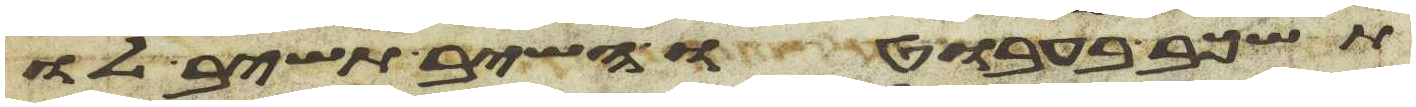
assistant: תשכב בעבוטו השב תשיב לו